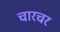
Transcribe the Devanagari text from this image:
चारचर